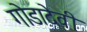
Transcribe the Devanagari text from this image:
गोडादेवी